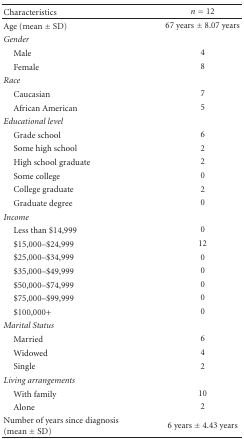
<table><thead><tr><td><b>Characteristics</b></td><td><b><i>n</i> = 12</b></td></tr></thead><tbody><tr><td>Age (mean ± SD)</td><td>67 years ± 8.07 years</td></tr><tr><td><i>Gender </i></td><td></td></tr><tr><td> Male</td><td>4</td></tr><tr><td> Female</td><td>8</td></tr><tr><td><i>Race</i></td><td></td></tr><tr><td> Caucasian</td><td>7</td></tr><tr><td> African American</td><td>5</td></tr><tr><td><i>Educational level </i></td><td></td></tr><tr><td> Grade school</td><td>6</td></tr><tr><td> Some high school</td><td>2</td></tr><tr><td> High school graduate</td><td>2</td></tr><tr><td> Some college</td><td>0</td></tr><tr><td> College graduate</td><td>2</td></tr><tr><td> Graduate degree</td><td>0</td></tr><tr><td><i>Income </i></td><td></td></tr><tr><td> Less than $14,999</td><td>0</td></tr><tr><td> $15,000–$24,999</td><td>12</td></tr><tr><td> $25,000–$34,999</td><td>0</td></tr><tr><td> $35,000–$49,999</td><td>0</td></tr><tr><td> $50,000–$74,999</td><td>0</td></tr><tr><td> $75,000–$99,999</td><td>0</td></tr><tr><td> $100,000+</td><td>0</td></tr><tr><td><i>Marital Status</i></td><td></td></tr><tr><td> Married</td><td>6</td></tr><tr><td> Widowed</td><td>4</td></tr><tr><td> Single</td><td>2</td></tr><tr><td><i>Living arrangements</i></td><td></td></tr><tr><td> With family</td><td>10</td></tr><tr><td> Alone</td><td>2</td></tr><tr><td>Number of years since diagnosis (mean ± SD)</td><td>6 years ± 4.43 years</td></tr></tbody></table>